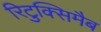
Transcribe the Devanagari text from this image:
रिटुक्सिमैब